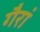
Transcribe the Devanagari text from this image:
गैरां